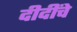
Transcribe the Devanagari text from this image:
दीदींचे